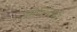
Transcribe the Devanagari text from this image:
सलल्लाहो